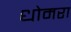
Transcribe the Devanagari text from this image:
धोमरा